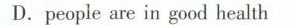
D.people are in good health